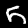
Label: 5